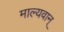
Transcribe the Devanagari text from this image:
माल्यवान्